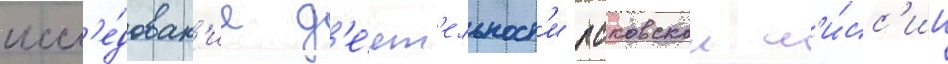
иссл'е́дован'ие д'е́ят'ельност'и псковскои м'и́сс'ии